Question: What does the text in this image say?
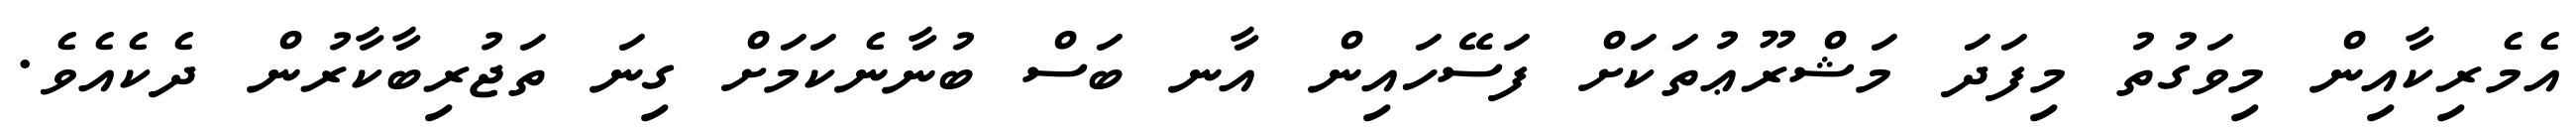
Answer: އެމެރިކާއިން މިވަގުތު މިފަދަ މަޝްރޫޢުތަކަށް ފަސޭހައިން އާނ ބަސް ބުނާނެކަމަށް ގިނަ ތަޖުރިބާކާރުން ދެކެއެވެ.